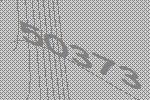
50373